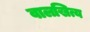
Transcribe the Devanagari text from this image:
वालखित्य